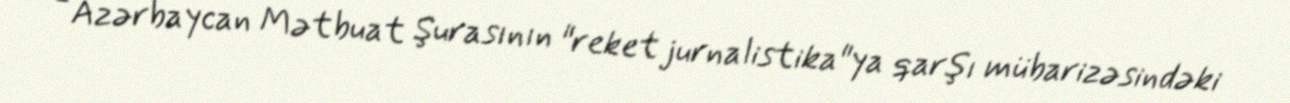
- Azərbaycan Mətbuat Şurasının "reket jurnalistika"ya qarşı mübarizəsindəki